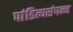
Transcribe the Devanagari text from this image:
पांडित्यसंपन्न